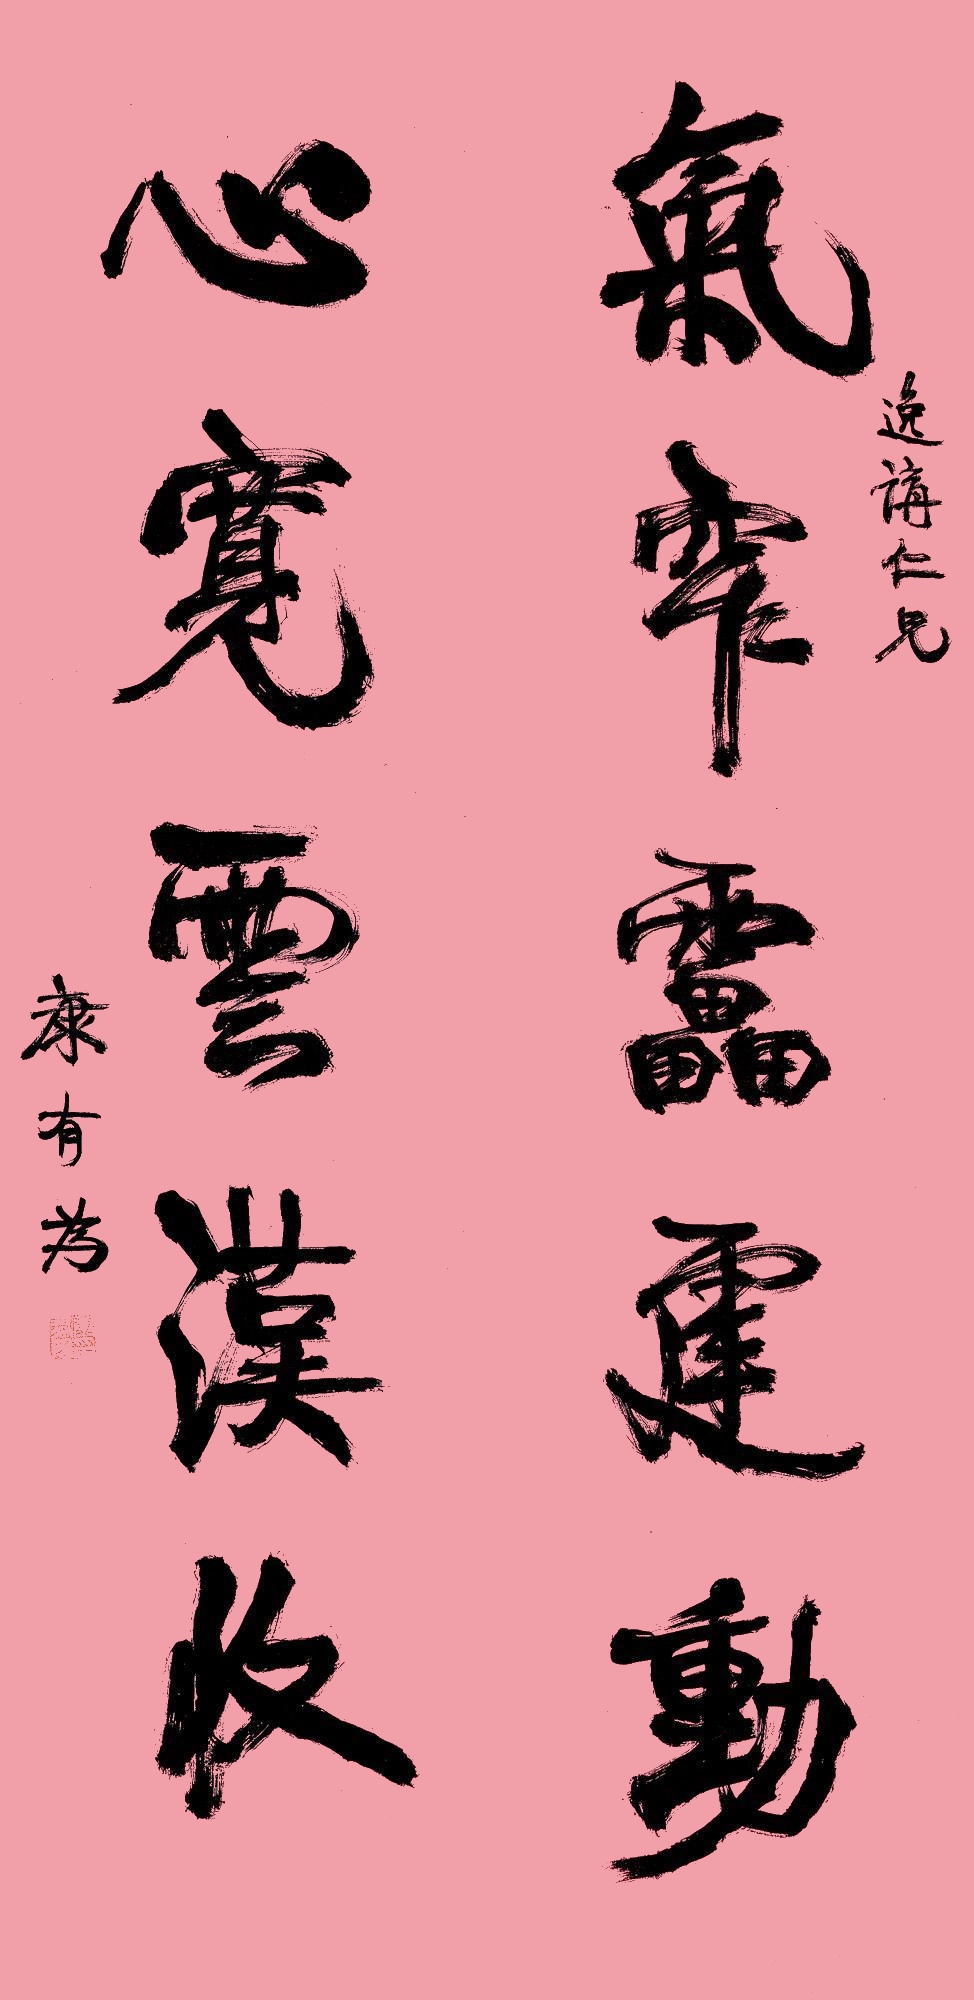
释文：气窄雷霆动，心宽云汉收。逸讲仁兄，康有为。